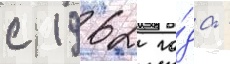
с 1962 го́да -